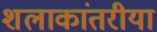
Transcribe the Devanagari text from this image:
शलाकांतरीया